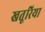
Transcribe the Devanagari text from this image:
खतूरिया